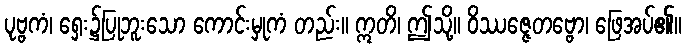
ပုဗ္ဗကံ၊ ရှေး၌ပြုဘူးသော ကောင်းမှုကံ တည်း။ ဣတိ၊ ဤသို့။ ဝိဿဇ္ဇေတဗ္ဗော၊ ဖြေအပ်၏။